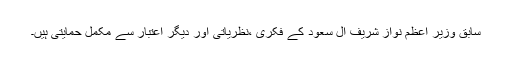
سابق وزیر اعظم نواز شریف آل سعود کے فکری ،نظریاتی اور دیگر اعتبار سے مکمل حمایتی ہیں۔